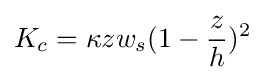
K_{c}=\kappa zw_{s}(1-{\frac {z}{h}})^{2}